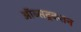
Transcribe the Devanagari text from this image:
ऑब्सट्रक्शन